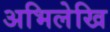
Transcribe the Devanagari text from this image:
अभिलेखि